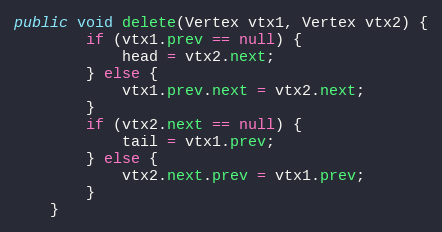
Language: Java
public void delete(Vertex vtx1, Vertex vtx2) {
        if (vtx1.prev == null) {
            head = vtx2.next;
        } else {
            vtx1.prev.next = vtx2.next;
        }
        if (vtx2.next == null) {
            tail = vtx1.prev;
        } else {
            vtx2.next.prev = vtx1.prev;
        }
    }